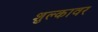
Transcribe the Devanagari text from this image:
शुल्कावर